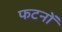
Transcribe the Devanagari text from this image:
फटनों